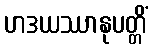
ဟဒယဿာနုပတ္တိံ